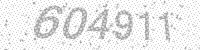
Solution: 604911